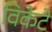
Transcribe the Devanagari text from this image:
विकेटें